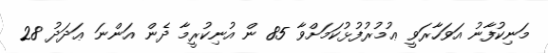
މަނިކުފާނު އަވަހާރަވީ ޢުމުރުފުޅުކަމަށްވާ 85 ން އުނިކުރީމާ ދެން އަންނަ ޢަދަދު 28